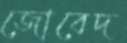
জোবেদ